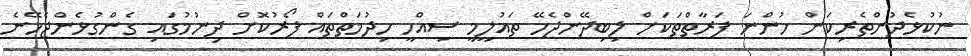
ނުކުޅެދުންތެރިކަން ހުންނަ ފަރާތްތަކަށް ލިބިދޭންޖެހޭ ތައުލީމީ ސިއްހީ ހިދުމަތްތައް ފޯރުކޮށް ދިނުމުގައި ގެންގުޅެންޖެހޭނެ